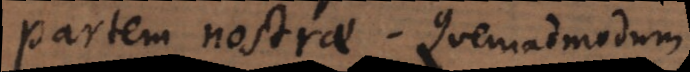
partem nostrae. Quemadmodum